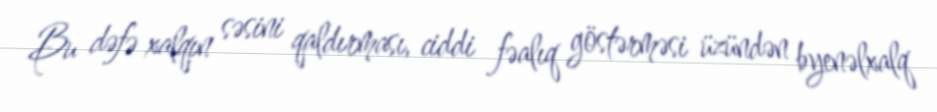
Bu dəfə xalqın səsini qaldırması, ciddi fəalıq göstərməsi üzündən byenəlxalq